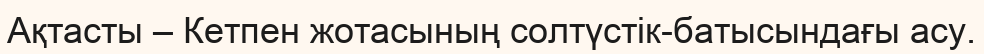
Ақтасты – Кетпен жотасының солтүстік-батысындағы асу.